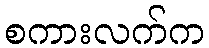
စကားလက်က